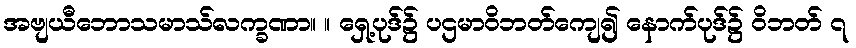
အဗျယီဘောသမာသ်လက္ခဏာ။ ။ ရှေ့ပုဒ်၌ ပဌမာဝိဘတ်ကျေ၍ နောက်ပုဒ်၌ ဝိဘတ် ၇